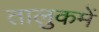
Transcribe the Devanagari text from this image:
तालुकमें